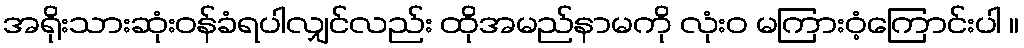
အရိုးသားဆုံးဝန်ခံရပါလျှင်လည်း ထိုအမည်နာမကို လုံးဝ မကြားဝံ့ကြောင်းပါ ။